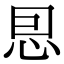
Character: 㤙